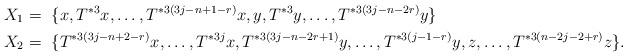
LaTeX: \begin{align*} X_{1} &=~\{x, T^{*3}x ,\ldots, T^{*3(3j-n+1-r)}x, y, T^{*3}y ,\ldots, T^{*3(3j-n-2r)}y\}\\ X_{2} &=~\{T^{*3(3j-n+2-r)}x ,\ldots,T^{*3j}x, T^{*3(3j-n-2r+1)}y ,\ldots, T^{*3(j-1-r)}y, z,\ldots, T^{*3(n-2j-2+r)}z\}.\end{align*}